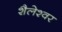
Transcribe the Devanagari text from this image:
शैलेश्‍वर